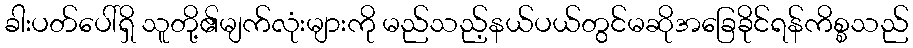
ခါးပတ်ပေါ်ရှိ သူတို့၏မျက်လုံးများကို မည်သည့်နယ်ပယ်တွင်မဆိုအခြေခိုင်ရန်ကိစ္စသည်